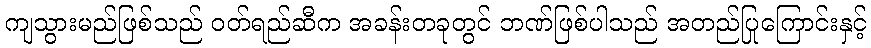
ကျသွားမည်ဖြစ်သည် ဝတ်ရည်ဆီက အခန်းတခုတွင် ဘဏ်ဖြစ်ပါသည် အတည်ပြုကြောင်းနှင့်